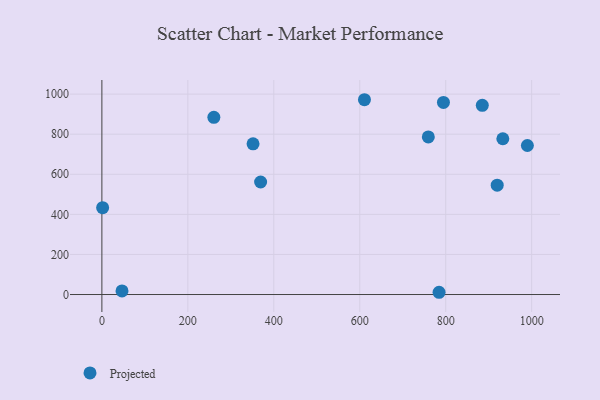
{"axis": {"x": "Distance", "y": "Sales"}, "legend": ["Projected"], "data": [{"x": "794.7", "y": 958.5, "type": "Projected"}, {"x": "919.8", "y": 545.6, "type": "Projected"}, {"x": "784.5", "y": 11.2, "type": "Projected"}, {"x": "369.3", "y": 561.5, "type": "Projected"}, {"x": "885.1", "y": 944.1, "type": "Projected"}, {"x": "351.7", "y": 751.9, "type": "Projected"}, {"x": "990.0", "y": 743.5, "type": "Projected"}, {"x": "932.9", "y": 777.3, "type": "Projected"}, {"x": "46.8", "y": 17.9, "type": "Projected"}, {"x": "610.9", "y": 972.0, "type": "Projected"}, {"x": "260.5", "y": 884.2, "type": "Projected"}, {"x": "759.5", "y": 786.5, "type": "Projected"}, {"x": "1.7", "y": 433.4, "type": "Projected"}]}